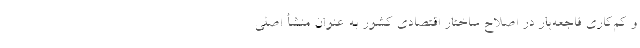
و کم‌کاری فاجعه‌بار در اصلاح ساختار اقتصادی کشور به عنوان منشأ اصلی